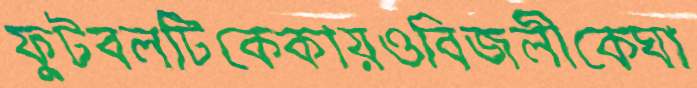
ফুটবলটিকেকায়ওবিজলীকেঘা